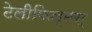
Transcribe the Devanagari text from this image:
टेलीफिल्मस्